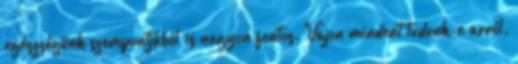
egészségünk szempontjából is nagyon fontos. Vajon mindent tudunk-e arról,